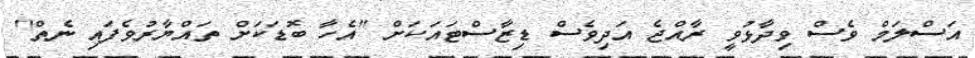
އަސްލަމް ވެސް ވިދާޅުވީ ރާއްޖެ އަދިވެސް ޑިޒާސްޓައަކަށް "އެހާ ބޮޑަކަށް ތައްޔާރުވެފައި ނެތް"